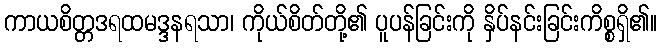
ကာယစိတ္တဒရထမဒ္ဒနရသာ၊ ကိုယ်စိတ်တို့၏ ပူပန်ခြင်းကို နှိပ်နင်းခြင်းကိစ္စရှိ၏။